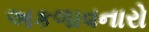
અકળાવનારો